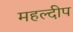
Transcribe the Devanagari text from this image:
महल्दीप